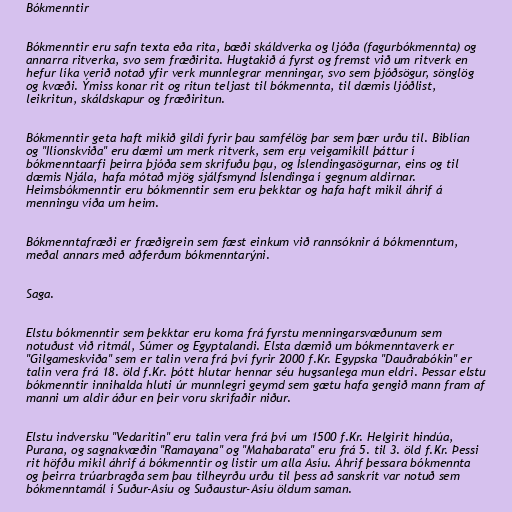
Bókmenntir

Bókmenntir eru safn texta eða rita, bæði skáldverka og ljóða (fagurbókmennta) og
annarra ritverka, svo sem fræðirita. Hugtakið á fyrst og fremst við um ritverk en
hefur líka verið notað yfir verk munnlegrar menningar, svo sem þjóðsögur, sönglög
og kvæði. Ýmiss konar rit og ritun teljast til bókmennta, til dæmis ljóðlist,
leikritun, skáldskapur og fræðiritun.

Bókmenntir geta haft mikið gildi fyrir þau samfélög þar sem þær urðu til. Biblían
og "Ilíonskviða" eru dæmi um merk ritverk, sem eru veigamikill þáttur í
bókmenntaarfi þeirra þjóða sem skrifuðu þau, og Íslendingasögurnar, eins og til
dæmis Njála, hafa mótað mjög sjálfsmynd Íslendinga í gegnum aldirnar.
Heimsbókmenntir eru bókmenntir sem eru þekktar og hafa haft mikil áhrif á
menningu víða um heim.

Bókmenntafræði er fræðigrein sem fæst einkum við rannsóknir á bókmenntum,
meðal annars með aðferðum bókmenntarýni.

Saga.

Elstu bókmenntir sem þekktar eru koma frá fyrstu menningarsvæðunum sem
notuðust við ritmál, Súmer og Egyptalandi. Elsta dæmið um bókmenntaverk er
"Gilgameskviða" sem er talin vera frá því fyrir 2000 f.Kr. Egypska "Dauðrabókin" er
talin vera frá 18. öld f.Kr. þótt hlutar hennar séu hugsanlega mun eldri. Þessar elstu
bókmenntir innihalda hluti úr munnlegri geymd sem gætu hafa gengið mann fram af
manni um aldir áður en þeir voru skrifaðir niður.

Elstu indversku "Vedaritin" eru talin vera frá því um 1500 f.Kr. Helgirit hindúa,
Purana, og sagnakvæðin "Ramayana" og "Mahabarata" eru frá 5. til 3. öld f.Kr. Þessi
rit höfðu mikil áhrif á bókmenntir og listir um alla Asíu. Áhrif þessara bókmennta
og þeirra trúarbragða sem þau tilheyrðu urðu til þess að sanskrít var notuð sem
bókmenntamál í Suður-Asíu og Suðaustur-Asíu öldum saman.